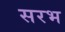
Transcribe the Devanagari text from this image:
सरभ